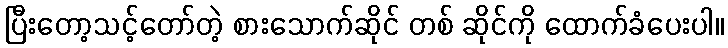
ပြီးတော့သင့်တော်တဲ့ စားသောက်ဆိုင် တစ် ဆိုင်ကို ထောက်ခံပေးပါ။